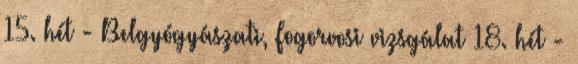
15. hét - Belgyógyászati, Fogorvosi vizsgálat 18. hét -